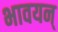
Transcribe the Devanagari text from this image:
भावयन्